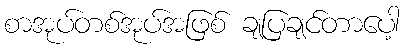
စာအုပ်တစ်အုပ်အဖြစ် ချပြချင်တာပေါ့